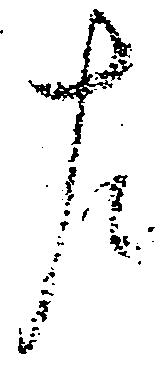
左